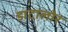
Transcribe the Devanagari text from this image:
डाटालोर